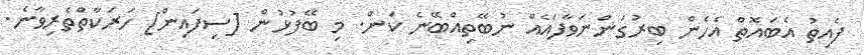
ފެއިތު އެބައޮތް އެހެން ބިރުގަންނަވާފައެއް ނުބޭތިއްބޭނެ ކަން. މި ބޭފުޅުން [ސިފައިން] ހަރަކާތްތެރިވާނެ.